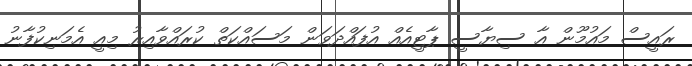
ރައީސް މައުމޫން އާ ސިޔާސީ ޕާޓީއެއް އުފައްދަވަން މަސައްކަތް ކުރައްވާއިރު މިއީ އެމަނިކުފާނު